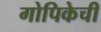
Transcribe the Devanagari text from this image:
गोपिकेची